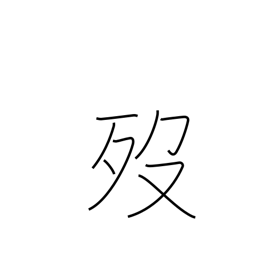
Meaning: die